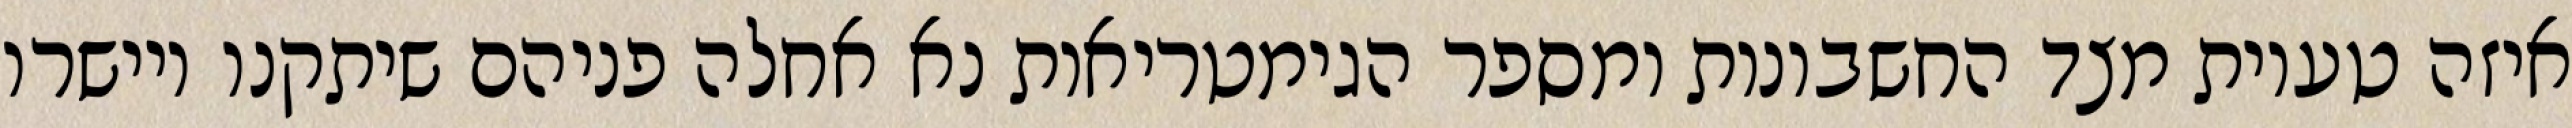
איזה טעיות מצד החשבונות ומספר הגימטריאות נא אחלה פניהם שיתקנו ויישרו